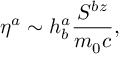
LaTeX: \eta ^ { a } \sim h _ { b } ^ { a } \frac { S ^ { b z } } { m _ { 0 } c } ,